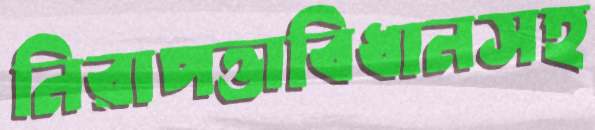
নিরাপত্তাবিধানসহ